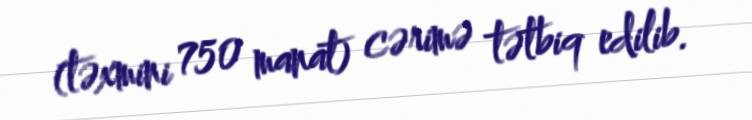
(təxmini 750 manat) cərimə tətbiq edilib.